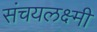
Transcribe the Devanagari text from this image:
संचयलक्ष्मी